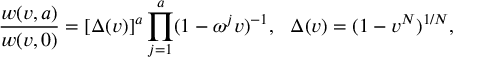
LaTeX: { \frac { w ( v , a ) } { w ( v , 0 ) } } = [ \Delta ( v ) ] ^ { a } \prod _ { j = 1 } ^ { a } ( 1 - \omega ^ { j } v ) ^ { - 1 } , { } ~ ~ \Delta ( v ) = ( 1 - v ^ { N } ) ^ { 1 / N } ,